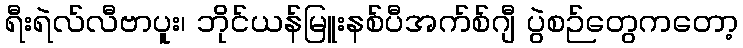
ရီးရဲလ်လီဗာပူး၊ ဘိုင်ယန်မြူးနစ်ပီအက်စ်ဂျီ ပွဲစဉ်တွေကတော့